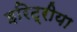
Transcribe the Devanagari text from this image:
इरिट्रीया